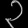
Digit: ၃